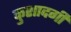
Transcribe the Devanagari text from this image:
कुशादगी